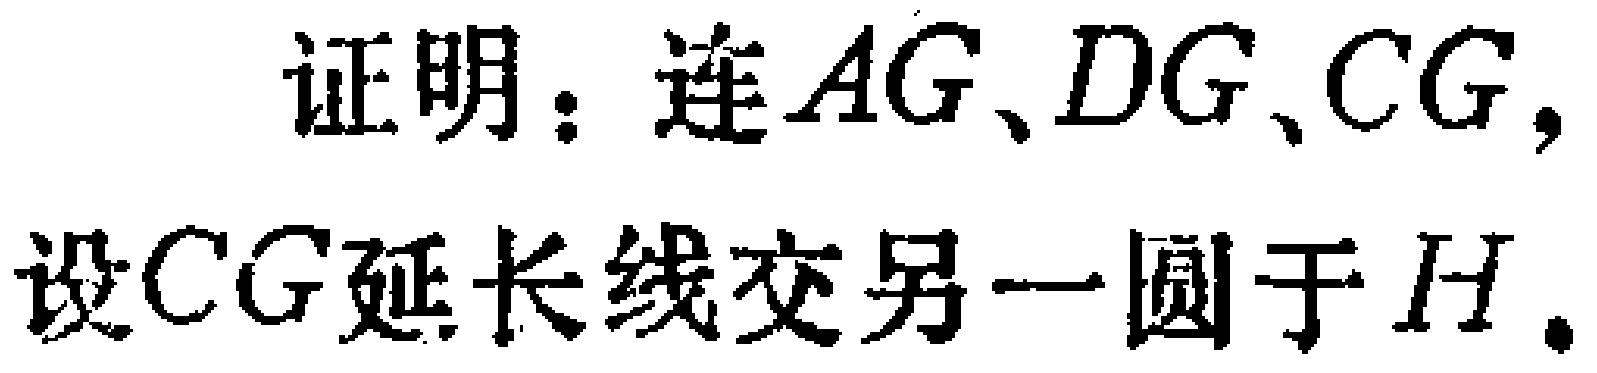
证明：连 \(AG、DG、CG\)，
设 \(CG\) 延长线交另一圆于 \(H\)。